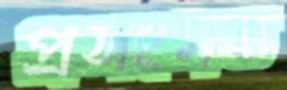
প্রসংগত